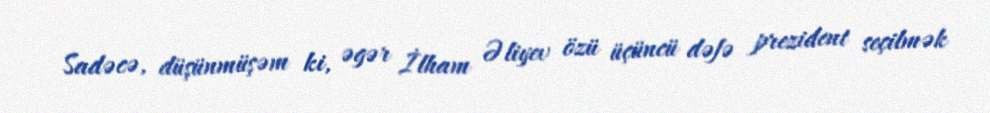
Sadəcə, düşünmüşəm ki, əgər İlham Əliyev özü üçüncü dəfə prezident seçilmək